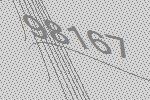
98167